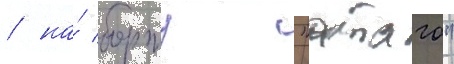
/ на́ борту "атаго"